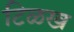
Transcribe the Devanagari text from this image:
टिळख